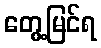
တွေ့မြင်ရ